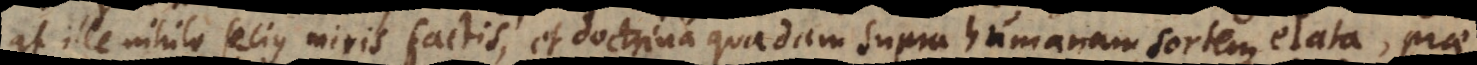
at ille nihilo secius miris factis, et doctrina quadam supra humanam sortem elata, prae